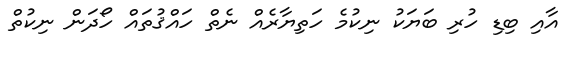
އާއި ބިޑި ހުރި ބަޔަކު ނިކުމެ ހަތިޔާރެއް ނެތް ހައްޤުތައް ހޯދަން ނިކުތް